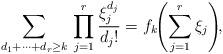
LaTeX: \begin{align*}\sum_{d_1+\cdots+d_r\ge k}\,\prod_{j=1}^r\frac{\xi_j^{d_j}}{d_j!}=f_k\!\!\left(\sum_{j=1}^r\xi_j\right)\!\!,\end{align*}